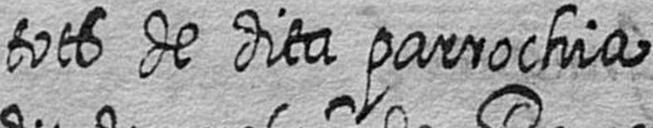
tots de dita parrochia